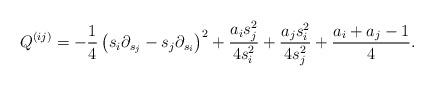
LaTeX: \begin{align*} Q^{(ij)}=-\frac14 \left(s_i\partial_{s_j}-s_j\partial_{s_i}\right)^2+\frac{a_i s_j^2}{4s_i^2}+\frac{a_j s_i^2}{4s_j^2}+\frac{a_i+a_j-1}{4}. \end{align*}